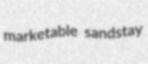
marketable sandstay